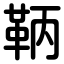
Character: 鞆